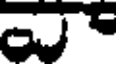
మ